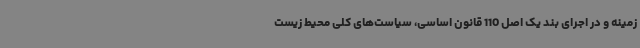
زمینه و در اجرای بند یک اصل 110 قانون اساسی، سیاست‌های کلی محیط ‌زیست